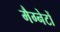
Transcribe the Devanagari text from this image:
मैग्नेटों